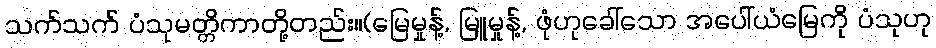
သက်သက် ပံသုမတ္တိကာတို့တည်း။(မြေမှုန့်, မြူမှုန့်, ဖုံဟုခေါ်သော အပေါ်ယံမြေကို ပံသုဟု